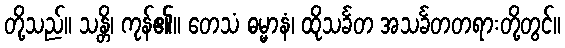
တို့သည်။ သန္တိ၊ ကုန်၏။ တေသံ ဓမ္မာနံ၊ ထိုသင်္ခတ အသင်္ခတတရားတို့တွင်။